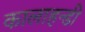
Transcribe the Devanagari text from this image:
कालाहन्डी